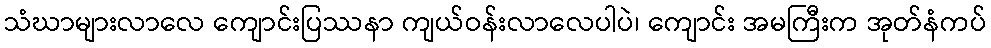
သံဃာများလာလေ ကျောင်းပြဿနာ ကျယ်ဝန်းလာလေပါပဲ၊ ကျောင်း အမကြီးက အုတ်နံကပ်